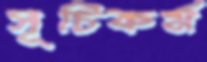
সূচিকর্ম